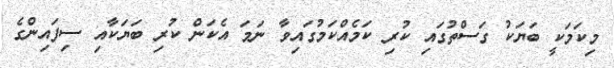
މިކަމަކީ ބަޔަކު ގަސްތުގައި ކުރި ކަމެއްކަމުގައިވާ ނަމަ އެކަން ކުރި ބަޔަކާއި ސިފައިންގެ